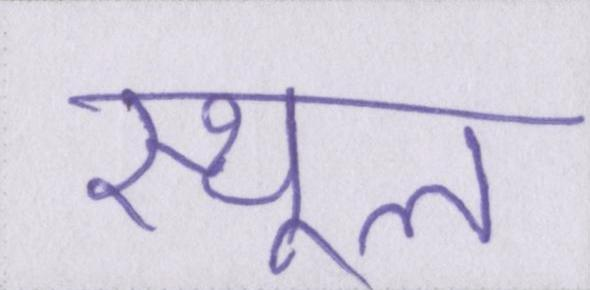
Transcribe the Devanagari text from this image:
स्थूल